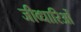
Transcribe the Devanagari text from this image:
जीव्धारिओं